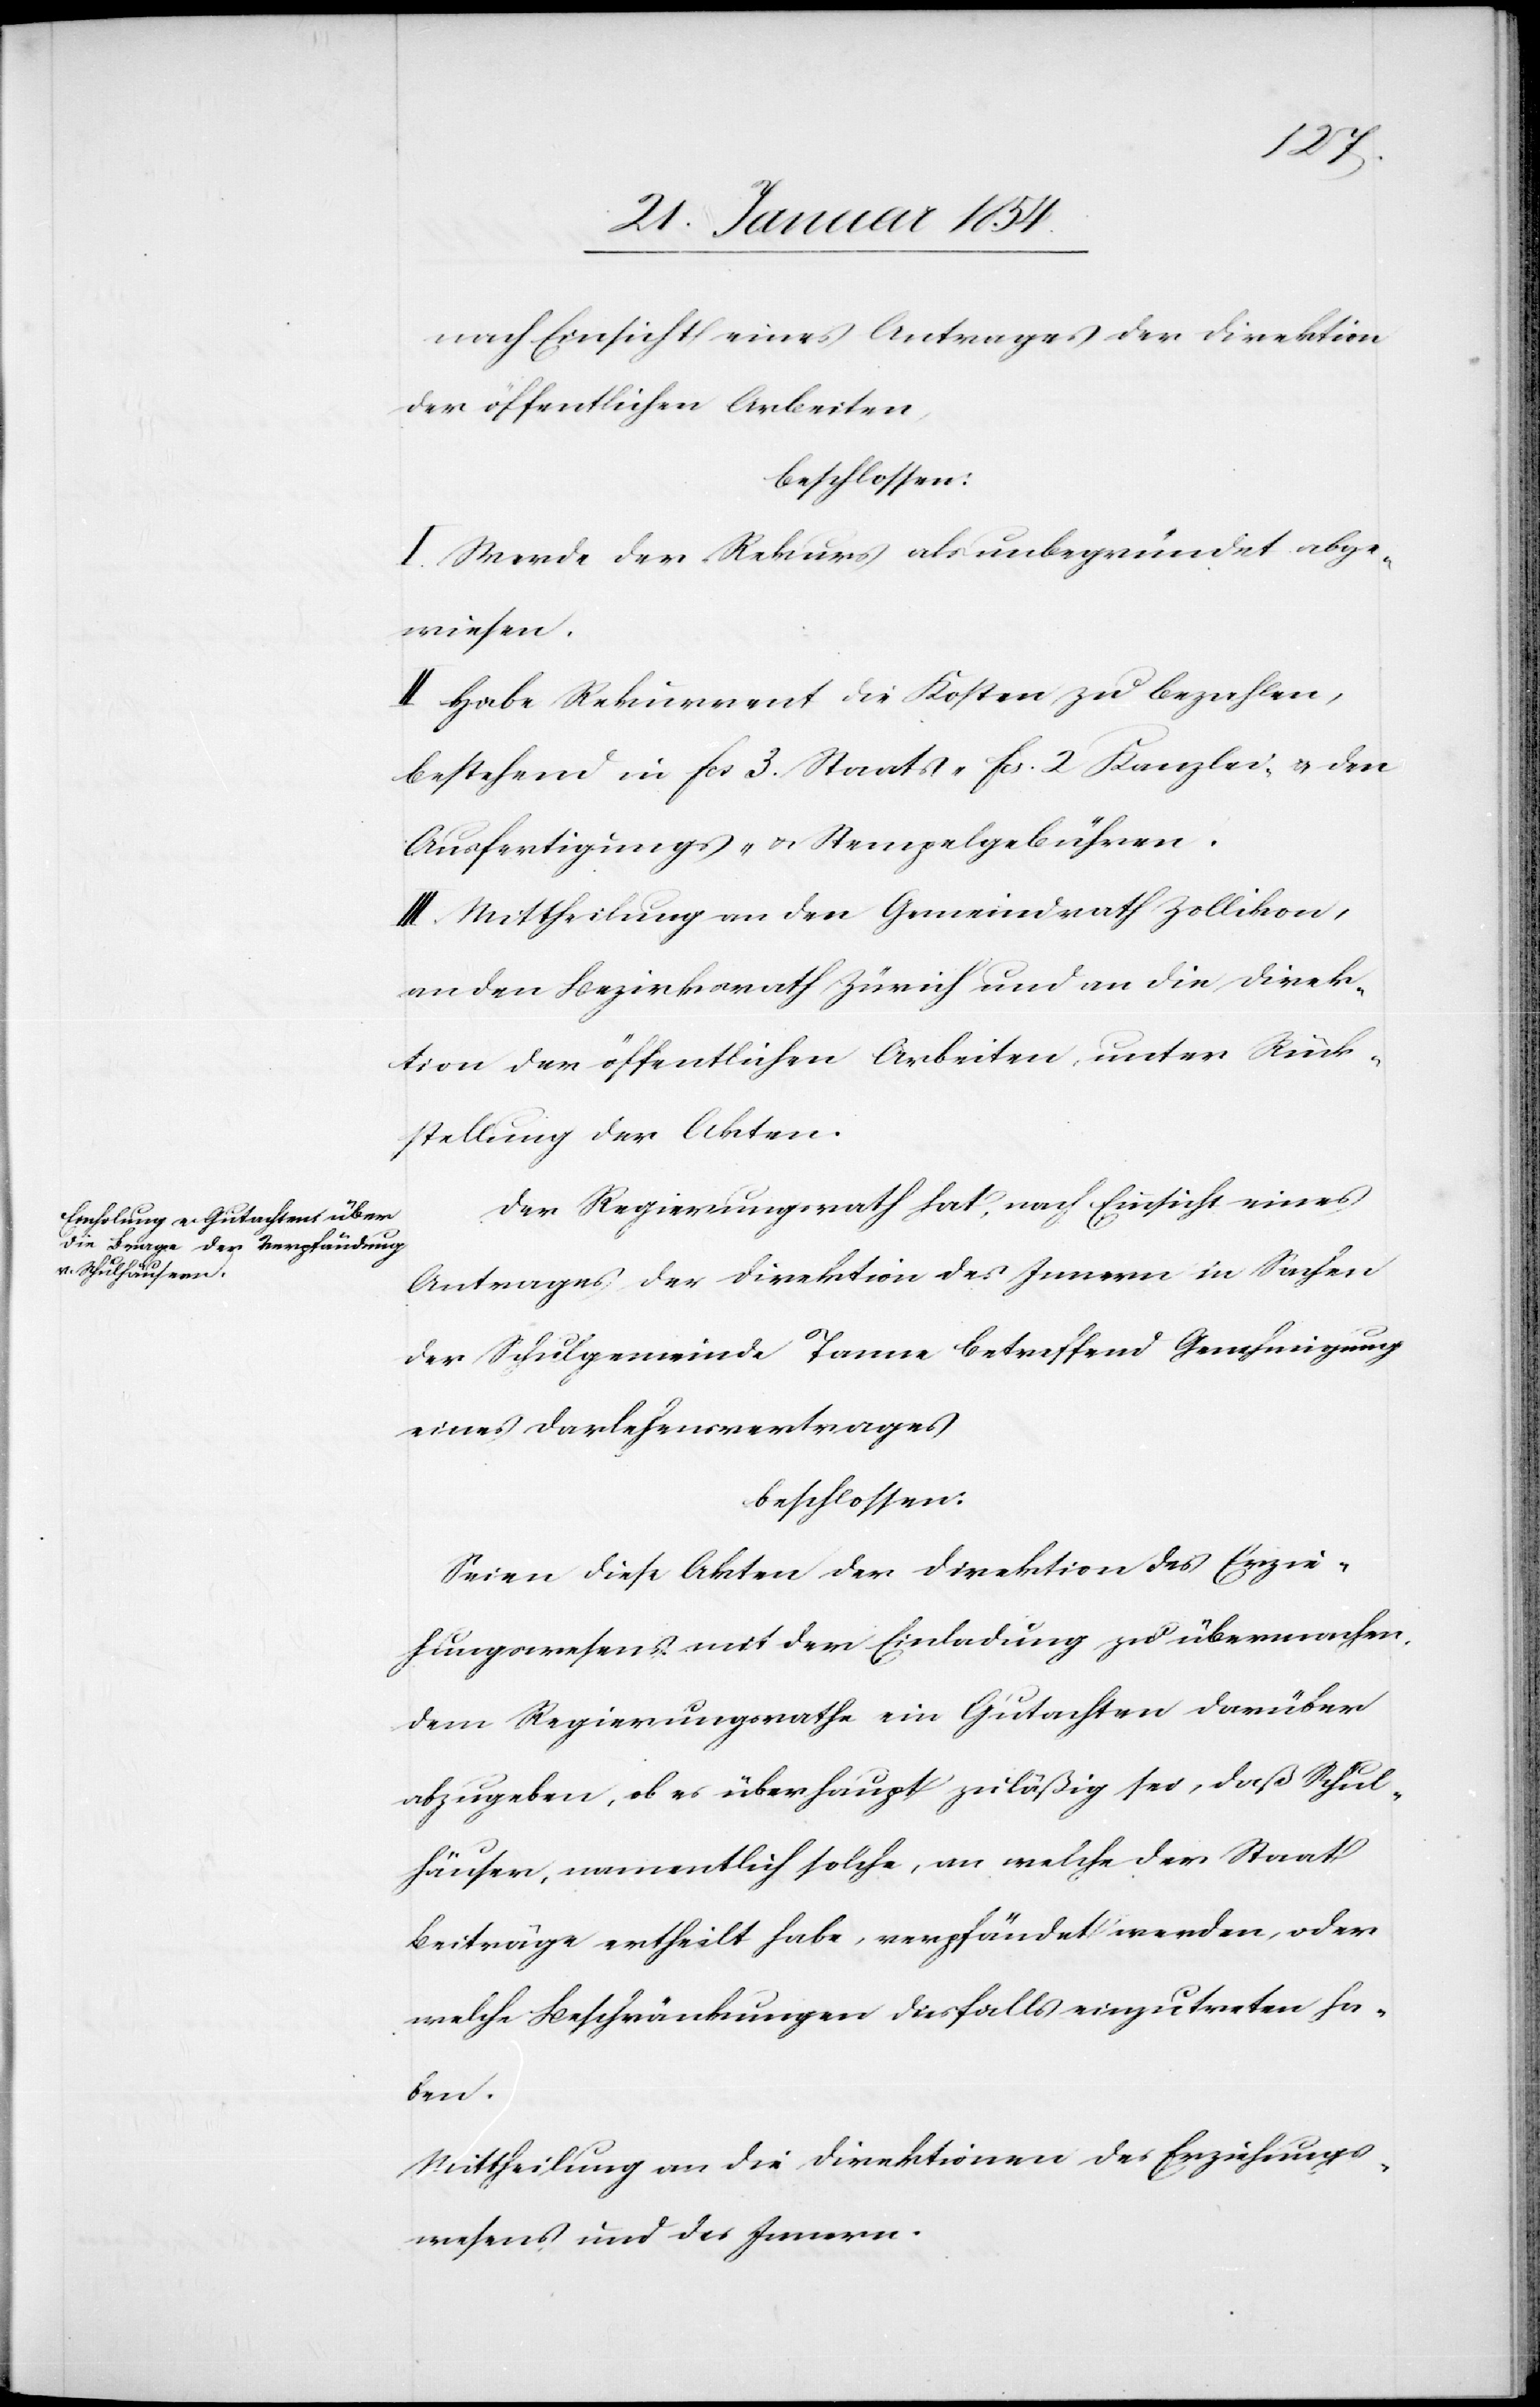
nach Einsicht eines Antrages der Direktion
der öffentlichen Arbeiten,
beschlossen:
I. Werde der Rekurs als unbegründet abge¬
wiesen.
II. Habe Rekurrent die Kosten zu bezahlen,
bestehend in fcs 3. Staats-[,] fcs. 2 Kanzlei- u. den
Ausfertigungs- u. Stempelgebühren.
III. Mittheilung an den Gemeindrath Zollikon,
an den Bezirksrath Zürich und an die Direk¬
tion der öffentlichen Arbeiten, unter Rück¬
stellung der Akten.
Der Regierungsrath hat, nach Einsicht eines
Antrages der Direktion des Innern in Sachen
der Schulgemeinde Tanne betreffend Genehmigung
eines Darlehensertrages
beschlossen:
Seien diese Akten der Direktion des Erzie¬
hungswesens mit der Einladung zu übermachen,
dem Regierungsrathe ein Gutachten darüber
abzugeben, ob es überhaupt zuläßig sei, daß Schul¬
häuser, namentlich solche, an welche der Staat
Beiträge ertheilt habe, verpfändet werden, oder
welche Beschränkungen diesfalls einzutreten ha¬
ben.
Mittheilung an die Direktionen des Erziehungs¬
wesens und des Innern.